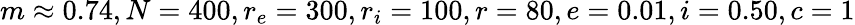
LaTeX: m\approx 0.74,N=400,r_{e}=300,r_{i}=100,r=80,e=0.01,i=0.50,c=1